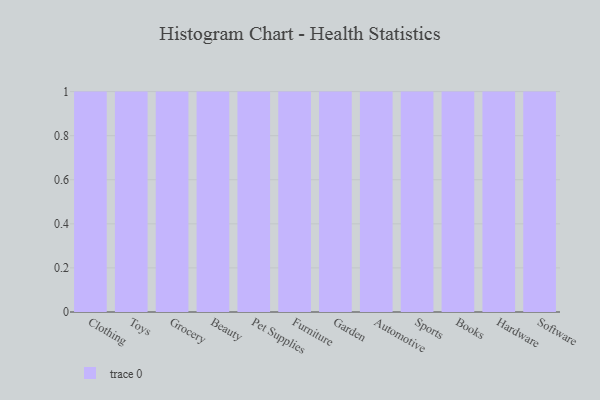
{"axis": {"x": "Category", "y": "LTV (USD)"}, "legend": [""], "data": [{"x": "Clothing", "y": 8, "type": ""}, {"x": "Toys", "y": 19, "type": ""}, {"x": "Grocery", "y": 26, "type": ""}, {"x": "Beauty", "y": 14, "type": ""}, {"x": "Pet Supplies", "y": 16, "type": ""}, {"x": "Furniture", "y": 31, "type": ""}, {"x": "Garden", "y": 12, "type": ""}, {"x": "Automotive", "y": 28, "type": ""}, {"x": "Sports", "y": 27, "type": ""}, {"x": "Books", "y": 44, "type": ""}, {"x": "Hardware", "y": 98, "type": ""}, {"x": "Software", "y": 47, "type": ""}]}